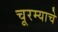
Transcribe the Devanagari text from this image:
चूरम्याचे